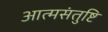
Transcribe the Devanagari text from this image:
आत्मसंतुष्टि